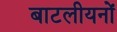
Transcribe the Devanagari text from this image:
बाटलीयनों